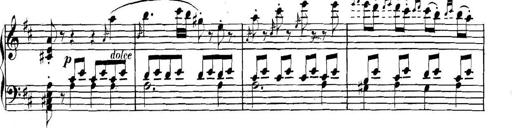
Title: Collected Piano Sonatas
Composer: Muzio Clementi